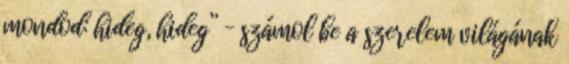
mondod: hideg, hideg” – számol be a szerelem világának